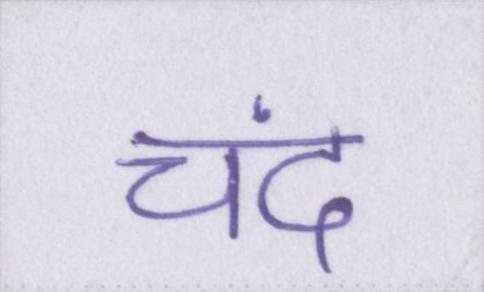
चंद